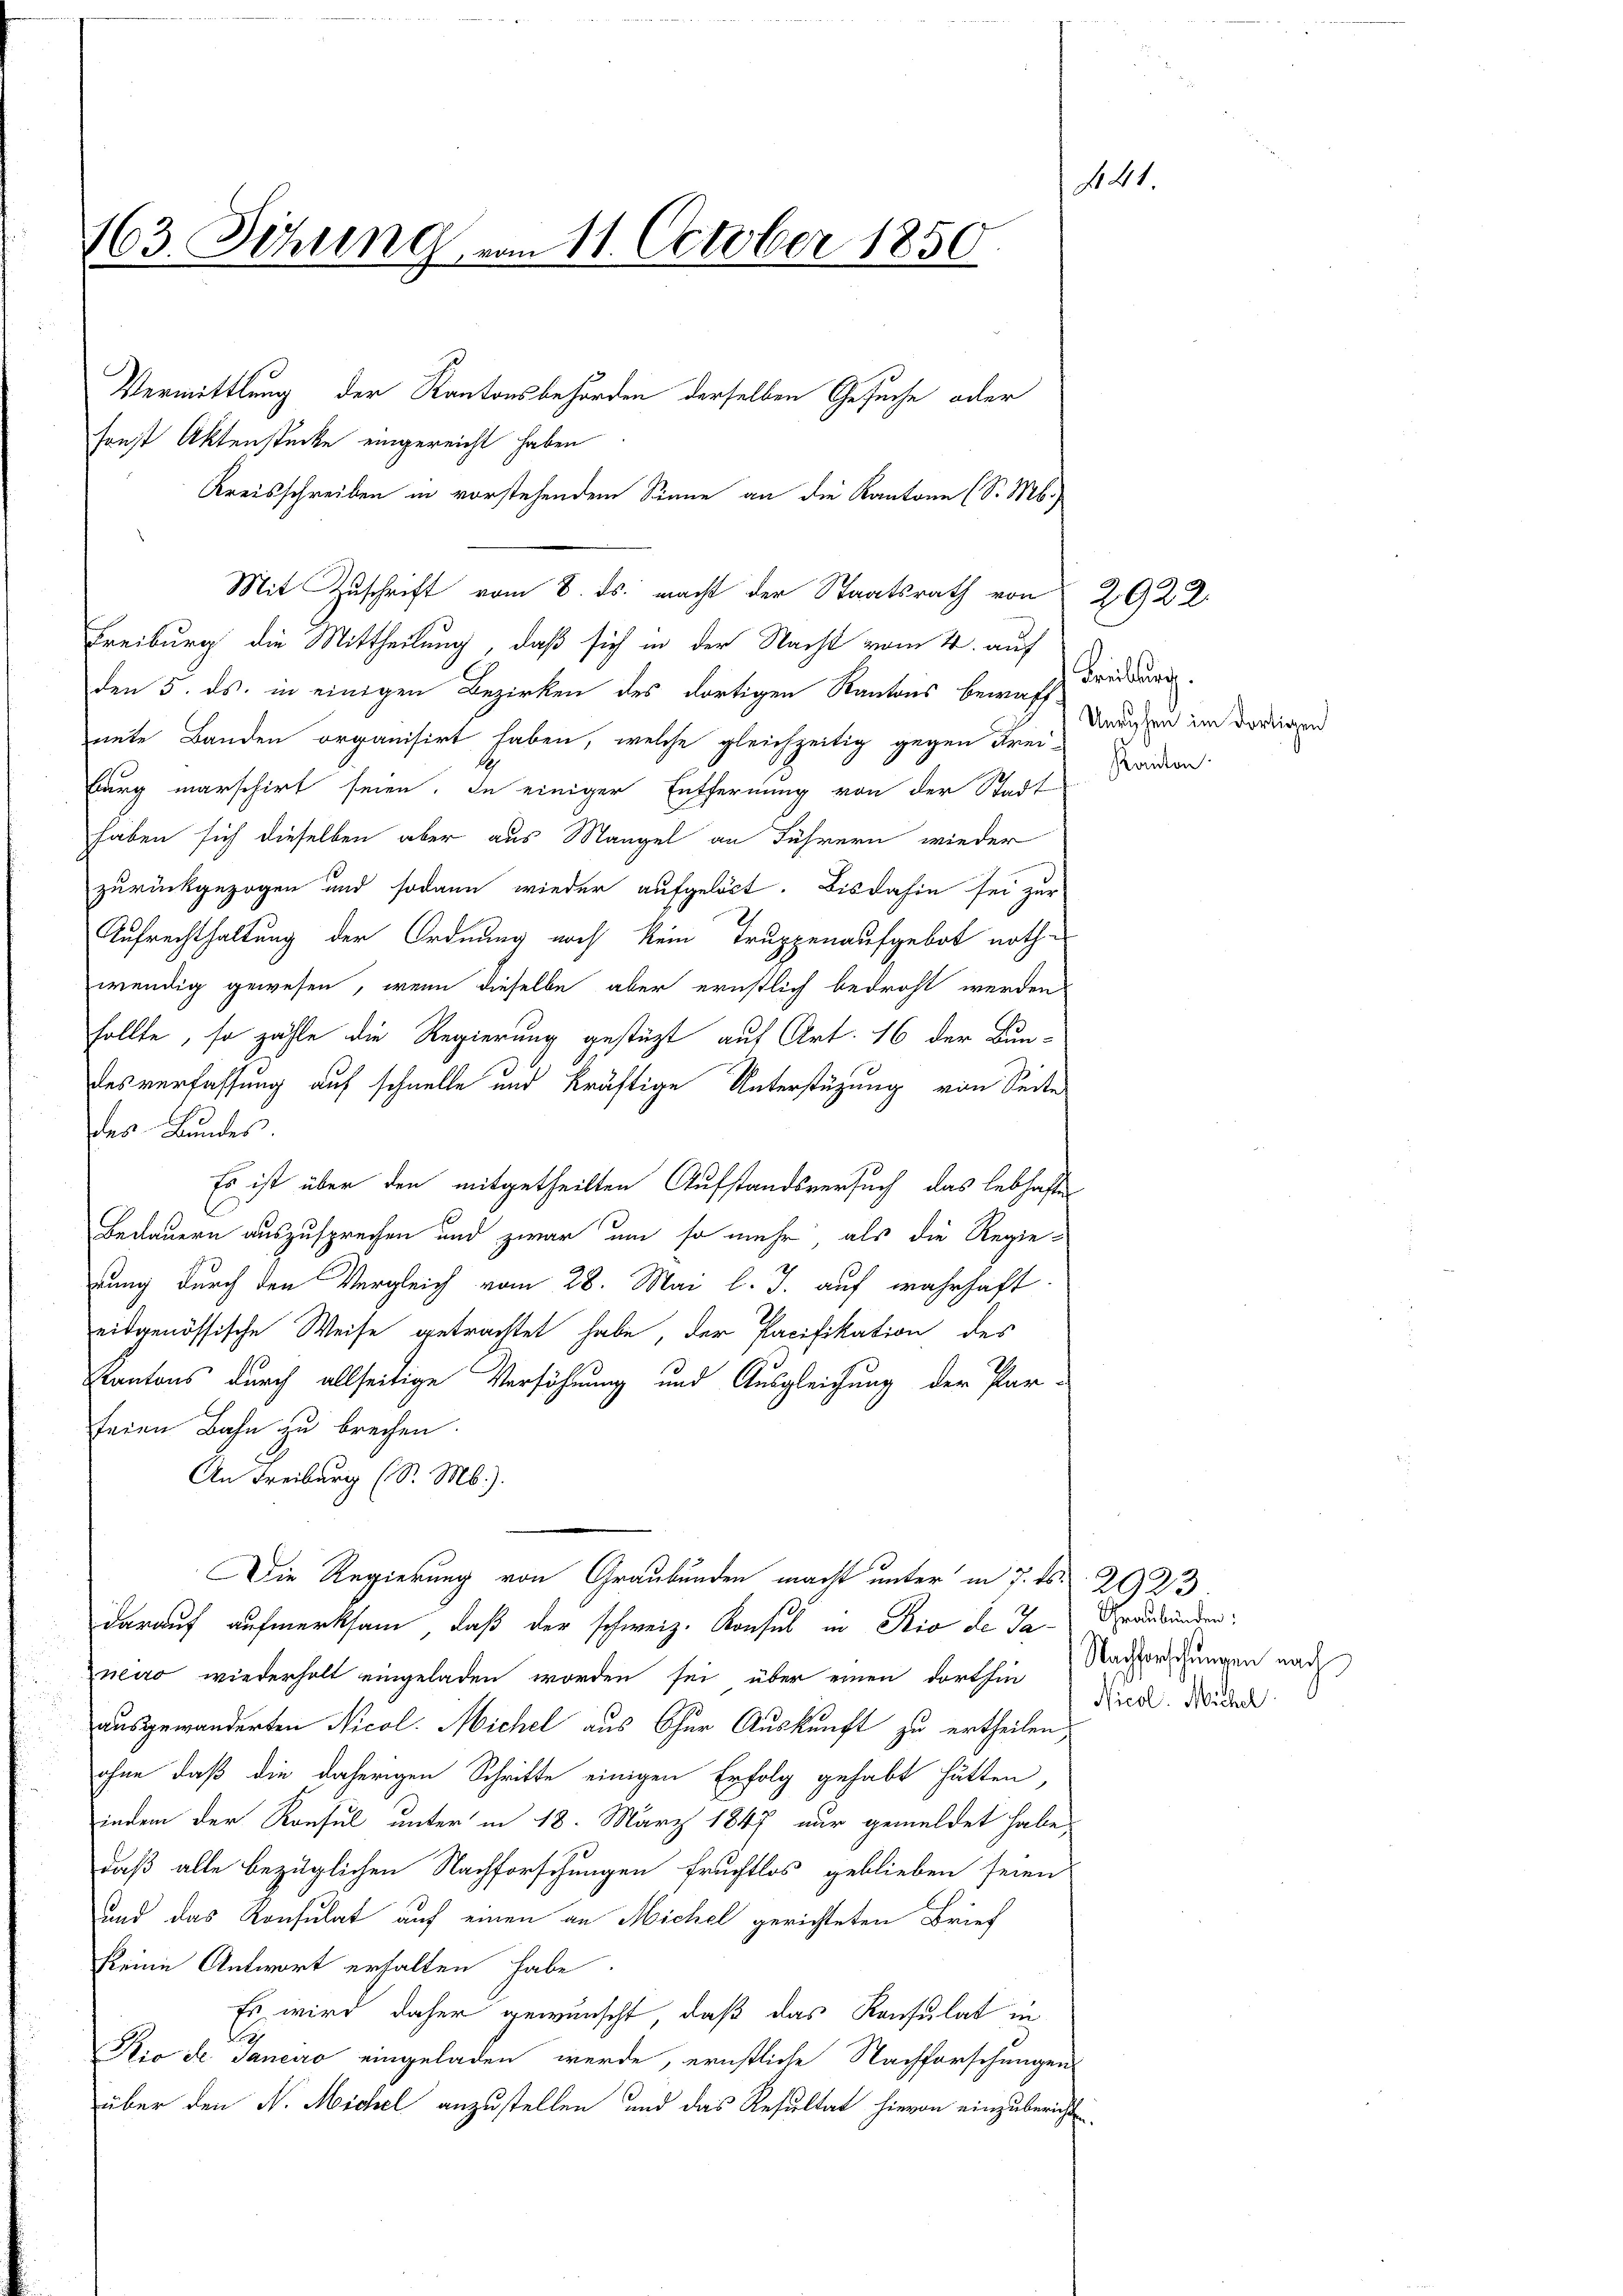
441.
163. Sitzung vom 11. October 1850
Vermittlung der Kantonsbehörden derselben Gesuche oder
sonst Aktenstücke eingereicht haben

Kreisschreiben in vorstehendem Sinne an die Kantone (S. M.)
Mit Zuschrift vom 8. ds. macht der Staatsrath von 2922
Freiburg die Mittheilung, daß sich in der Nacht vom 4. auf
den 5. ds. in einigen Bezirken des dortigen Kantons bewaffiete Banden organisirt haben, welche gleichzeitig gegen Frei-
burg marschirt seien. In einiger Entfernung von der Stadt
haben sich dieselben aber aus Mangel an Führern wieder
zurückgezogen und sodann wieder aufgelöst. Bis dahin sei zur
Aufrechthaltung der Ordnung noch kein Truppenaufgebot nothwendig gewesen, wenn dieselbe aber ernstlich bedroht werden
sollte, so zähle die Regierung gestüzt auf Art. 16 der Bun-
desverfassung auf schnelle und kräftige Unterstüzung von Seite
es Bundes.
Es ist über den mitgetheilten Aufstandsversuch das lebhaften
t
Bedauern auszusprechen und zwar um so mehr, als die Regie-
rung durch den Vergleich vom 28. Mai l. J. auf wahrhaft
eidgenössische Weise getrachtet habe, der Pacifikation der
Kantons durch allseitige Versöhnung und Ausgleichung der Par-
feien Bahn zu brechen.
An Freiburg (S. M.).
Die Regierung von Graubünden macht unter in 7. ds. 2923.
darauf aufmerksam, daß der schweiz. Konsul in Rio de Ja- Graubünden:
neiro wiederholt eingeladen worden sei über einen dorthin
ausgewanderten Nicol. Michel aus Chur Auskunft zu ertheilen,
ohne daß die daherigen Schritte einigen Erfolg gehabt hätten,
indem der Konsul unter in 18. März 1847 nur gemeldet habe,
daß alle bezüglichen Nachforschungen fruchtlos geblieben seien
und das Konsulat auf einen an Michel gerichteten Brief
keine Antwort erhalten habe.
Es wird daher gewünscht, daß das Konsulat in
.
Rio de Janeiro eingeladen werde, ernstliche Nachforschungen
über den N. Michel anzustellen und das Resultat hievon einzubericht

Freiburg.
Unruhen im dortigen
Kanton

Nachforschungen nach
Nicol. Michel